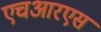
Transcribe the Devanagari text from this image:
एचआरएस